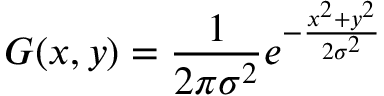
G ( x , y ) = \frac { 1 } { 2 \pi \sigma ^ { 2 } } e ^ { - \frac { x ^ { 2 } + y ^ { 2 } } { 2 \sigma ^ { 2 } } }